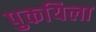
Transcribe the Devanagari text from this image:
पुकयिला